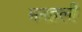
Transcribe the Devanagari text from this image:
मनहली